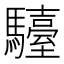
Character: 𩦽